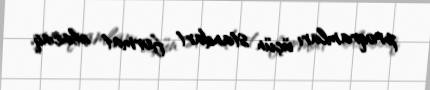
proqramları üçün standart format olacaq.